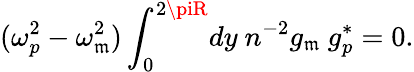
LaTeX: (\omega_{p}^{2}-\omega_{\mathfrak{m}}^{2})\int_{0}^{2\piR}\! dy\ n^{-2}g_{\mathfrak{m}}\ g_{p}^{*}=0.